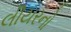
લીયરનો